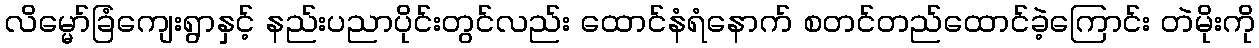
လိမ္မော်ခြံကျေးရွာနှင့် နည်းပညာပိုင်းတွင်လည်း ထောင်နံရံနောက် စတင်တည်ထောင်ခဲ့ကြောင်း တဲမိုးကို